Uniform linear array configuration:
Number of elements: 16
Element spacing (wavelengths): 0.5
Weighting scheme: hann
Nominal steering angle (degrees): -15
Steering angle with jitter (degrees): -16.405
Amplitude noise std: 0.05
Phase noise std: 0.05

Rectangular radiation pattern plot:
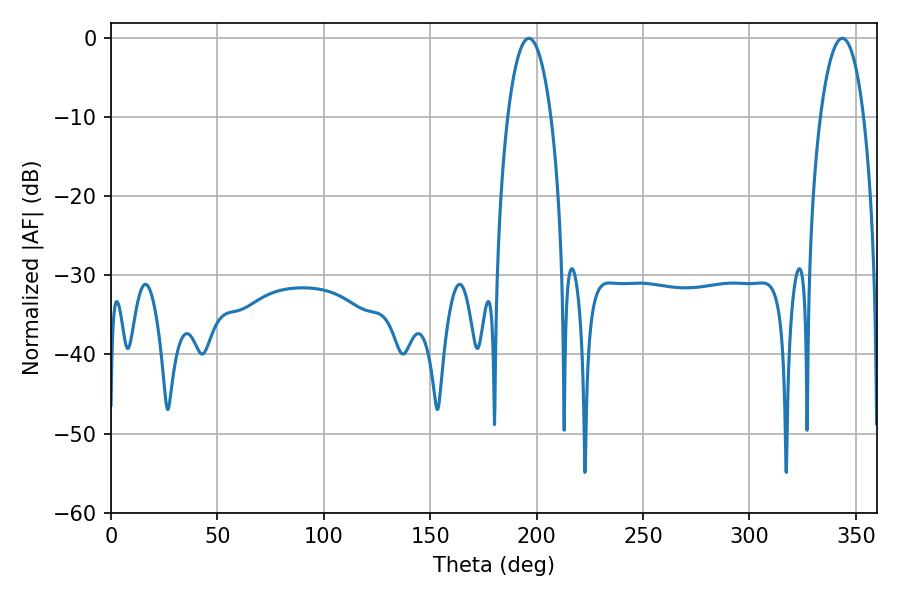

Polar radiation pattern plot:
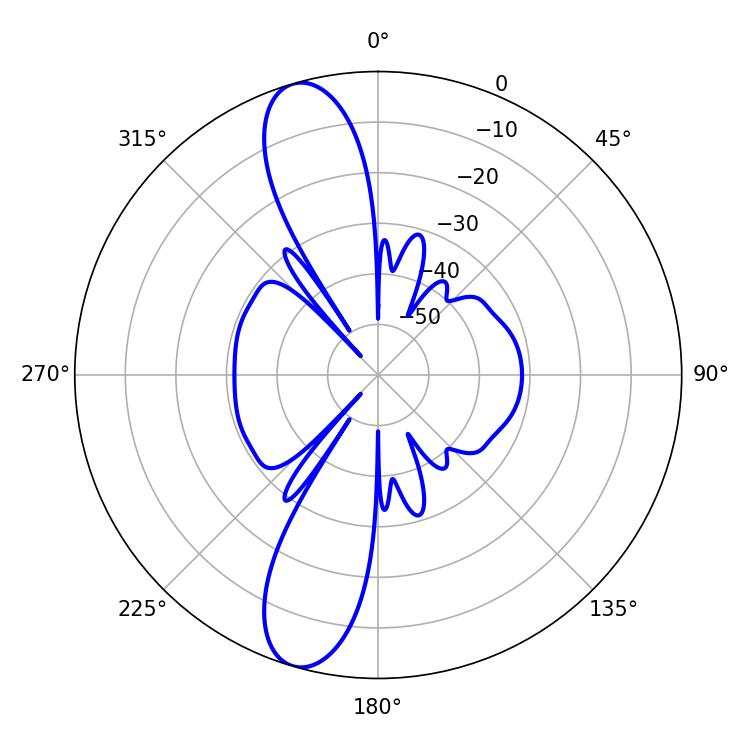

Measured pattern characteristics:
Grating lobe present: FALSE
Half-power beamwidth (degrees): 11.34
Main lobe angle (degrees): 196.38